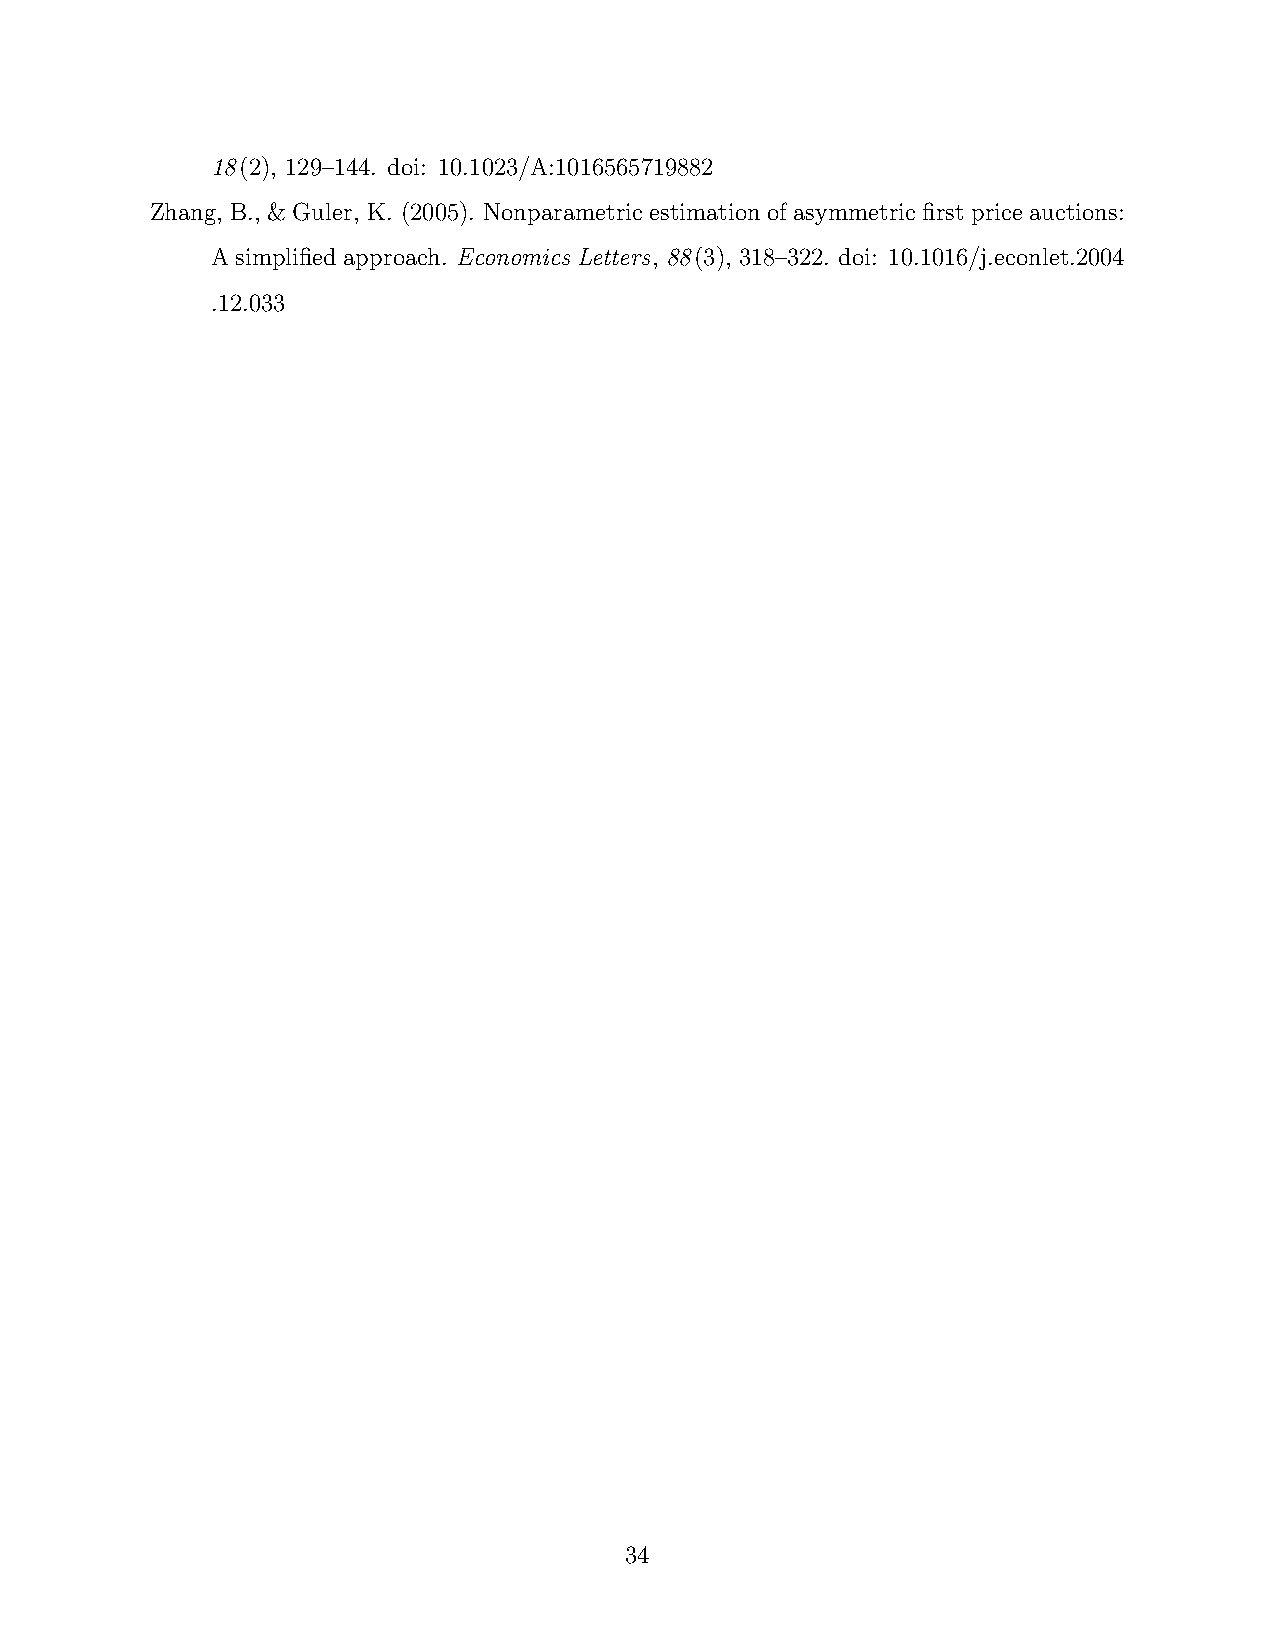
18(2), 129–144. doi: 10.1023/A:1016565719882
 Zhang, B., & Guler, K. (2005). Nonparametric estimation of asymmetric first price auctions:
 A simplified approach. Economics Letters, 88(3), 318–322. doi: 10.1016/j.econlet.2004
 .12.033
 34